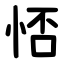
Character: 㤳